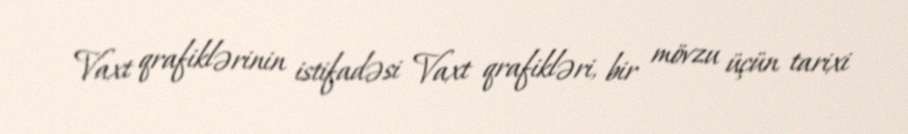
Vaxt qrafiklərinin istifadəsi Vaxt qrafikləri, bir mövzu üçün tarixi